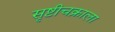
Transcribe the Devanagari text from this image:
सृष्टीचक्राला